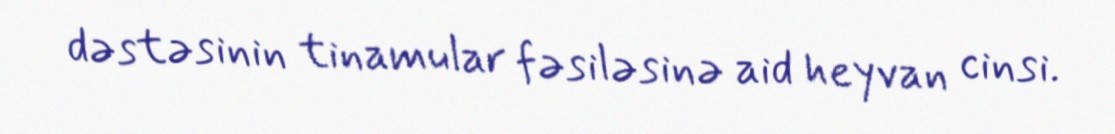
dəstəsinin tinamular fəsiləsinə aid heyvan cinsi.